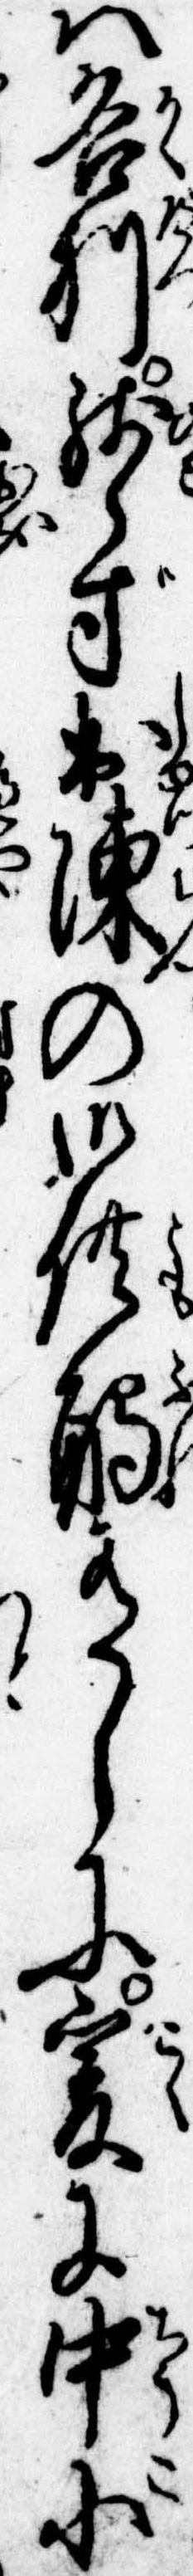
は各別残らず出陳の御供触有しに爰に中小